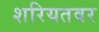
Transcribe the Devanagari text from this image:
शरियतवर